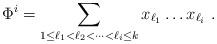
LaTeX: \begin{align*}\Phi^i=\sum_{1\leq\ell_1 < \ell_2<\cdots<\ell_i\leq k}x_{\ell_1}\ldots x_{\ell_i}~.\end{align*}